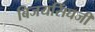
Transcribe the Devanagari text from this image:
बिजयसिंघजी